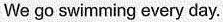
We go swimming every day.